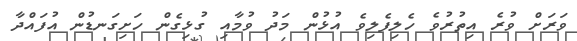
ވަރަށް ވުރެ އިތުރުވެ ހެލިފެލިވެ އުޅުން މަދު ވުމާއި ގުޅިގެން ހަށިގަނޑުން އުފައްދާ